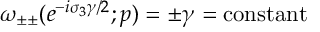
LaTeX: \omega _ { \pm \pm } ( e ^ { - i \sigma _ { 3 } \gamma / 2 } ; p ) = \pm \gamma = \mathrm { c o n s t a n t }